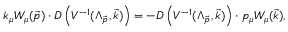
k _ { \mu } W _ { \mu } ( \vec { p } ) \cdot D \left( V ^ { - 1 } ( \Lambda _ { \vec { p } } , \vec { k } ) \right) = - D \left( V ^ { - 1 } ( \Lambda _ { \vec { p } } , \vec { k } ) \right) \cdot p _ { \mu } W _ { \mu } ( \vec { k } ) ,